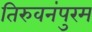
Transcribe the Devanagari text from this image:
तिरुवनंपुरम